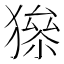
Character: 𤡅